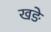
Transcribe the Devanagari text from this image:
खङे